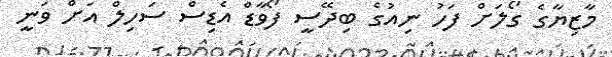
މާޒިޔާގެ ގޯލަށް ފަހު ނިއުގެ ބިދޭސީ ފޯވާޑް އެޑިސް ސަހިލް އަށް ވަނީ